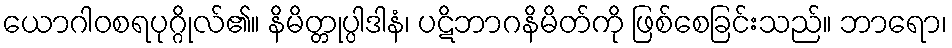
ယောဂါဝစရပုဂ္ဂိုလ်၏။ နိမိတ္တုပ္ပါဒါနံ၊ ပဋိဘာဂနိမိတ်ကို ဖြစ်စေခြင်းသည်။ ဘာရော၊